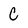
Character: C